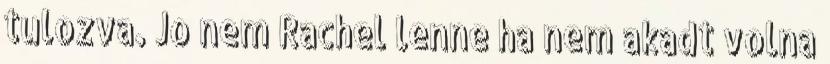
tulozva. Jo nem Rachel lenne ha nem akadt volna